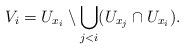
LaTeX: \begin{align*}V_i=U_{x_i}\setminus \bigcup_{j<i}(U_{x_j}\cap U_{x_i}).\end{align*}